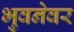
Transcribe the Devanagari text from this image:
भुवनेवर